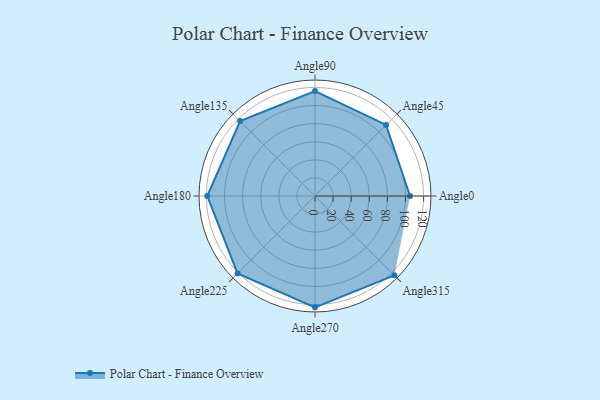
{"axis": {"x": "Angle", "y": "Radius"}, "legend": [""], "data": [{"x": "Angle0", "y": 105.0, "type": ""}, {"x": "Angle45", "y": 111.0, "type": ""}, {"x": "Angle90", "y": 116.0, "type": ""}, {"x": "Angle135", "y": 117.0, "type": ""}, {"x": "Angle180", "y": 119.0, "type": ""}, {"x": "Angle225", "y": 121.0, "type": ""}, {"x": "Angle270", "y": 123.0, "type": ""}, {"x": "Angle315", "y": 124.0, "type": ""}]}